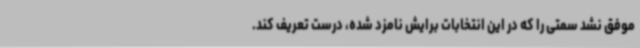
موفق نشد سمتی را که در این انتخابات برایش نامزد شده، درست تعریف کند.